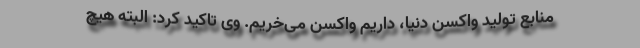
منابع تولید واکسن دنیا، داریم واکسن می‌خریم. وی تاکید کرد: البته هیچ